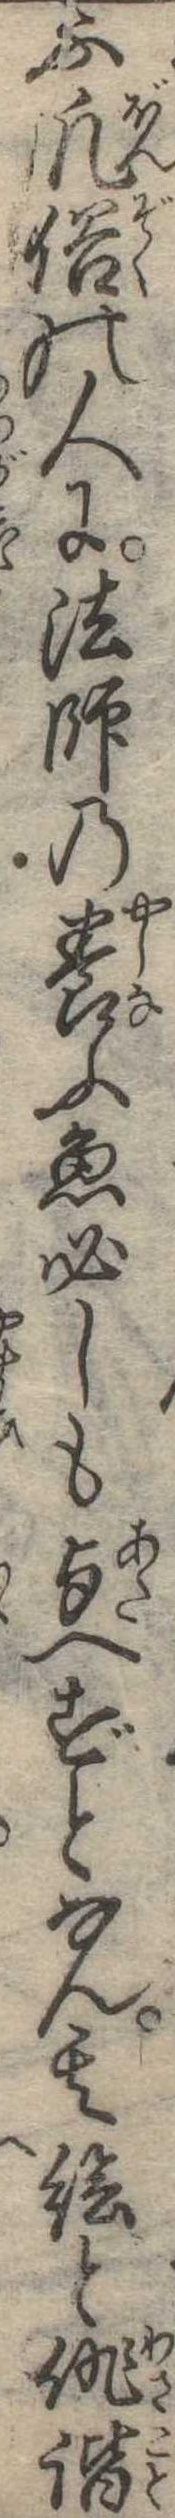
ふ凡俗の人に法師の養ふ魚必しも与へずとなん其絵と俳諧